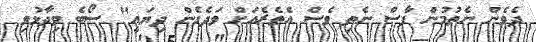
ދެވެން ނެތުމުން ފާސް ނެތި ވެސް އެތެރެއަށް ވަދެގެން ދިޔައީ" ސޯބެ ވިދާޅުވި